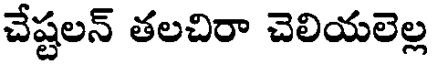
చేష్టలన్ తలచిరా చెలియలెల్ల